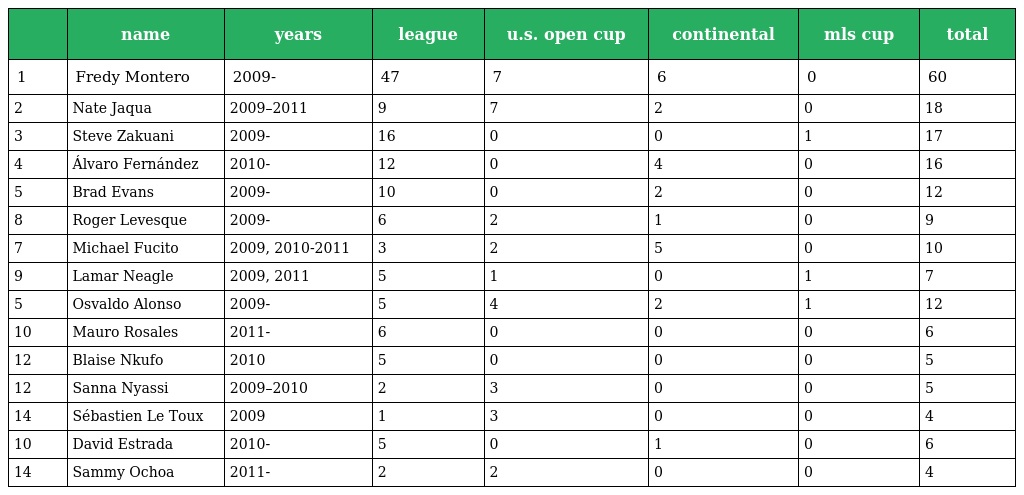
|  | name | years | league | u.s. open cup | continental | mls cup | total |
 | --- | --- | --- | --- | --- | --- | --- | --- |
 | 1 | Fredy Montero | 2009- | 47 | 7 | 6 | 0 | 60 |
 | 2 | Nate Jaqua | 2009–2011 | 9 | 7 | 2 | 0 | 18 |
 | 3 | Steve Zakuani | 2009- | 16 | 0 | 0 | 1 | 17 |
 | 4 | Álvaro Fernández | 2010- | 12 | 0 | 4 | 0 | 16 |
 | 5 | Brad Evans | 2009- | 10 | 0 | 2 | 0 | 12 |
 | 8 | Roger Levesque | 2009- | 6 | 2 | 1 | 0 | 9 |
 | 7 | Michael Fucito | 2009, 2010-2011 | 3 | 2 | 5 | 0 | 10 |
 | 9 | Lamar Neagle | 2009, 2011 | 5 | 1 | 0 | 1 | 7 |
 | 5 | Osvaldo Alonso | 2009- | 5 | 4 | 2 | 1 | 12 |
 | 10 | Mauro Rosales | 2011- | 6 | 0 | 0 | 0 | 6 |
 | 12 | Blaise Nkufo | 2010 | 5 | 0 | 0 | 0 | 5 |
 | 12 | Sanna Nyassi | 2009–2010 | 2 | 3 | 0 | 0 | 5 |
 | 14 | Sébastien Le Toux | 2009 | 1 | 3 | 0 | 0 | 4 |
 | 10 | David Estrada | 2010- | 5 | 0 | 1 | 0 | 6 |
 | 14 | Sammy Ochoa | 2011- | 2 | 2 | 0 | 0 | 4 |